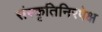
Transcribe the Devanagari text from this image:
संस्कृतिनिरपेक्ष